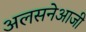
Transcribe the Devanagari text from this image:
अलसनेआजी